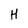
Character: H